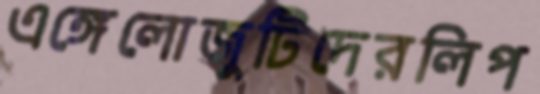
এঙ্গেলোজুটিদেরলিপ